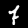
Digit: 7